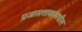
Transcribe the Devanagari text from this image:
प्रजासत्ताकांमधील